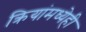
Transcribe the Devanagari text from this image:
क्रियांमध्येही